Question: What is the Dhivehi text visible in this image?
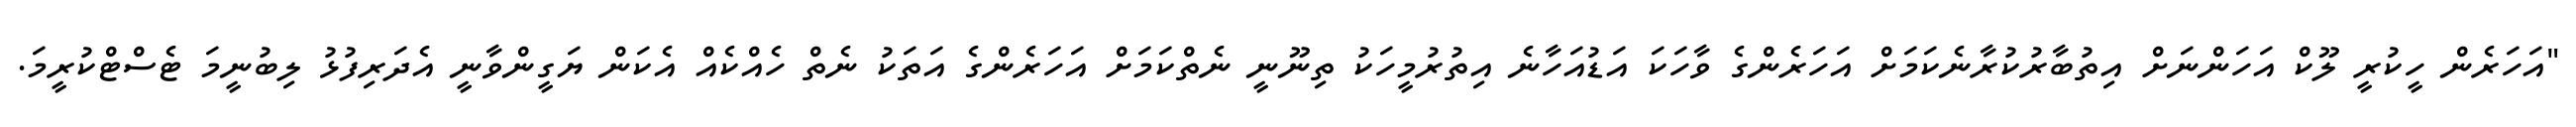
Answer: "އަހަރެން ހީކުރީ ލޫކް އަހަންނަށް އިތުބާރުކުރާނެކަމަށް އަހަރެންގެ ވާހަކަ އަޑުއަހާނެ އިތުރުމީހަކު ތިނޫނީ ނެތްކަމަށް އަހަރެންގެ އަތަކު ނެތް ހެއްކެއް އެކަން ޔަގީންވާނީ އެދަރިފުޅު ލިބުނީމަ ޓެސްޓްކުރީމަ.